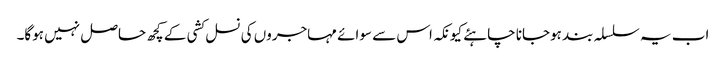
اب یہ سلسلہ بند ہوجانا چاہئے کیونکہ اس سے سوائے مہاجروں کی نسل کشی کے کچھ حاصل نہیں ہوگا۔